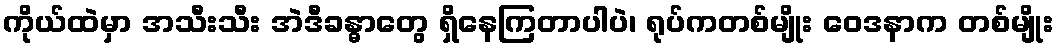
ကိုယ်ထဲမှာ အသီးသီး အဲဒီခန္ဓာတွေ ရှိနေကြတာပါပဲ၊ ရုပ်ကတစ်မျိုး ဝေဒနာက တစ်မျိုး